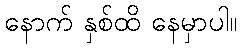
နောက် နှစ်ထိ နေမှာပါ။